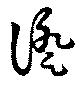
証